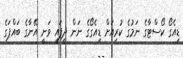
ޑިއެގޯ ކޯސްޓާގެ ނަމުގެ ކުރިއަށް ޑިއެގޯގެ ނަން ދީފައި ވަނީ އޭނާގެ ބައްޕަގެ